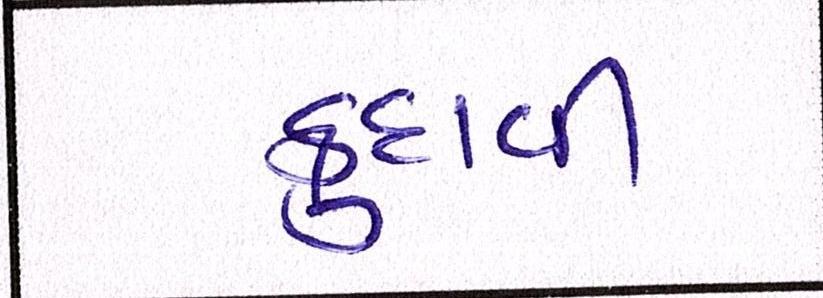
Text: કુદાવી